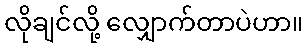
လိုချင်လို့ လျှောက်တာပဲဟာ။